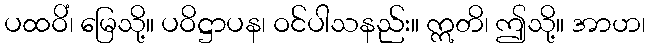
ပထဝိံ၊ မြေသို့။ ပဝိဋ္ဌာပန၊ ဝင်ပါသနည်း။ ဣတိ၊ ဤသို့။ အာဟ၊